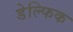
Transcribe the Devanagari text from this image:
डेल्फिक